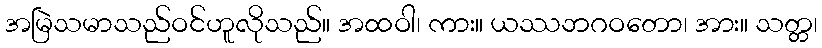
အမြဲသမာသည်ဝင်ဟူလိုသည်။ အထဝါ၊ ကား။ ယဿဘဂဝတော၊ အား။ သတ္တ၊